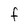
Character: F